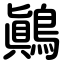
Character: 鷆